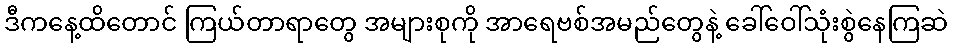
ဒီကနေ့ထိတောင် ကြယ်တာရာတွေ အများစုကို အာရေဗစ်အမည်တွေနဲ့ ခေါ်ဝေါ်သုံးစွဲနေကြဆဲ